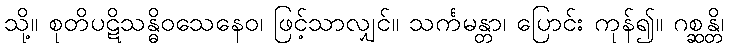
သို့။ စုတိပဋိသန္ဓိဝသေနေဝ၊ ဖြင့်သာလျှင်။ သင်္ကမန္တာ၊ ပြောင်း ကုန်၍။ ဂစ္ဆန္တိ၊